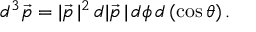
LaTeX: d ^ { 3 } { \vec { p } } = | { \vec { p } } \, | ^ { 2 } \, d | { \vec { p } } \, | \, d \phi \, d \left( \cos \theta \right) .